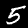
Digit: 5